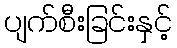
ပျက်စီးခြင်းနှင့်